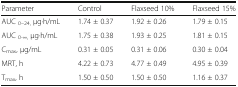
| Parameter | Control | Flaxseed 10% | Flaxseed 15% |
 | --- | --- | --- | --- |
 | AUC 0–24, μg·h/mL | 1.74 ± 0.37 | 1.92 ± 0.26 | 1.79 ± 0.15 |
 | AUC 0-∞, μg·h/mL | 1.75 ± 0.38 | 1.93 ± 0.25 | 1.81 ± 0.15 |
 | Cmax, μg/mL | 0.31 ± 0.05 | 0.31 ± 0.06 | 0.30 ± 0.04 |
 | MRT, h | 4.22 ± 0.73 | 4.77 ± 0.49 | 4.95 ± 0.39 |
 | Tmax, h | 1.50 ± 0.50 | 1.50 ± 0.50 | 1.16 ± 0.37 |